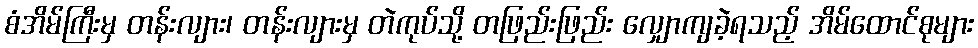
စံအိမ်ကြီးမှ တန်းလျား၊ တန်းလျားမှ တဲကုပ်သို့ တဖြည်းဖြည်း လျှောကျခဲ့ရသည့် အိမ်ထောင်စုများ